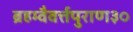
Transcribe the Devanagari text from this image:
ब्रहम्वैवर्त्तपुराण३०